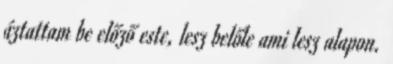
áztattam be előző este, lesz belőle ami lesz alapon.